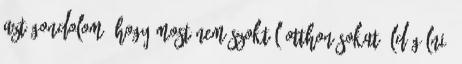
azt gondolom, hogy most nem szoktál otthon sokat üldögélni.